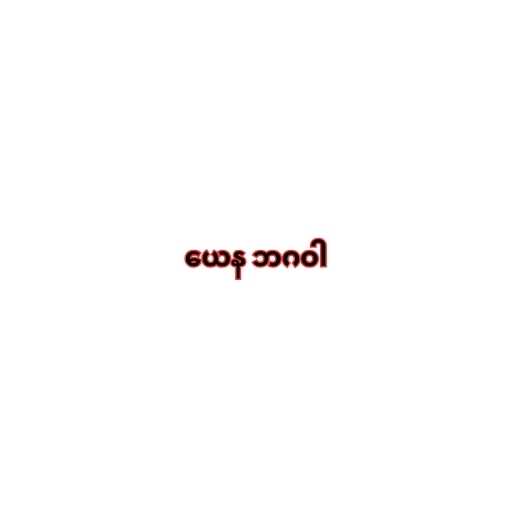
ယေန ဘဂဝါ